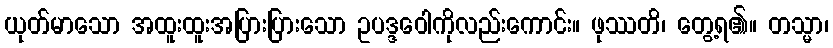
ယုတ်မာသော အထူးထူးအပြားပြားသော ဥပဒ္ဒဝေါကိုလည်းကောင်း။ ဖုဿတိ၊ တွေ့ရ၏။ တသ္မာ၊